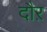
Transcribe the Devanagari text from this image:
दौऱ